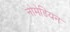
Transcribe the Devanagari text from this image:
नोमेडियन